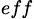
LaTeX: {}_{eff}